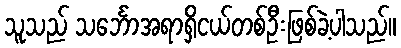
သူသည် သင်္ဘောအရာရှိငယ်တစ်ဦးဖြစ်ခဲ့ပါသည်။